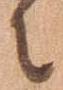
々